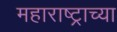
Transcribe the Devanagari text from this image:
महाराष्‍ट्राच्या